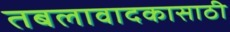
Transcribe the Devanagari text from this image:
तबलावादकासाठी